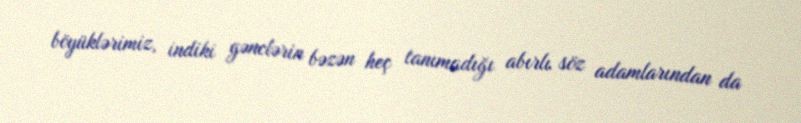
böyüklərimiz, indiki gənclərin bəzən heç tanımadığı abırlı söz adamlarından da